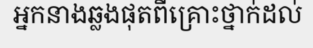
អ្នកនាងឆ្លងផុតពីគ្រោះថ្នាក់ដល់